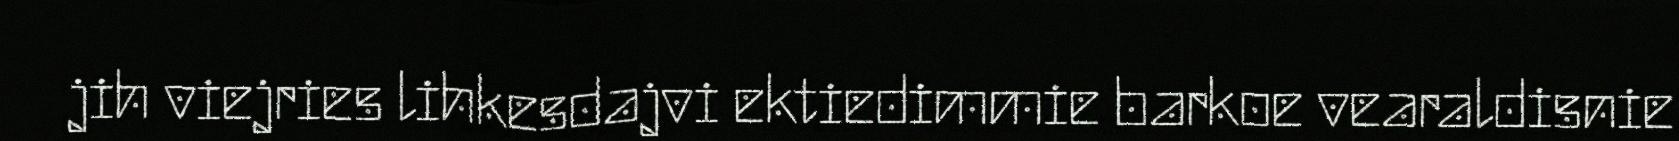
jih viejries lihkesdajvi ektiedimmie barkoe vearaldisnie